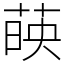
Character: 𦴤